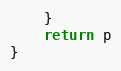
Language: Go
	}
	return p
}